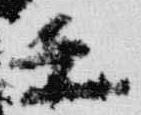
壬